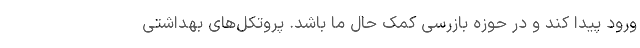
ورود پیدا کند و در حوزه بازرسی کمک حال ما باشد. پروتکل‌های بهداشتی